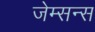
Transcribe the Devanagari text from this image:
जेम्सन्स